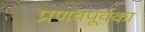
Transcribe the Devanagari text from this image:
प्रणवपूर्वका